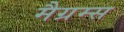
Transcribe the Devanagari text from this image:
मैग्रम्स